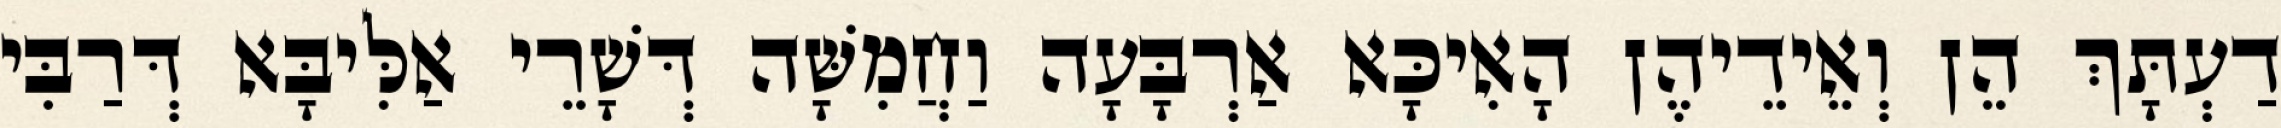
דַעְתָּךְ הֵן וְאֵידֵיהֶן הָאִיכָּא אַרְבָּעָה וַחֲמִשָּׁה דְּשָׁרֵי אַלִּיבָּא דְּרַבִּי